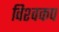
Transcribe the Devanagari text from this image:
विश्‍वकप